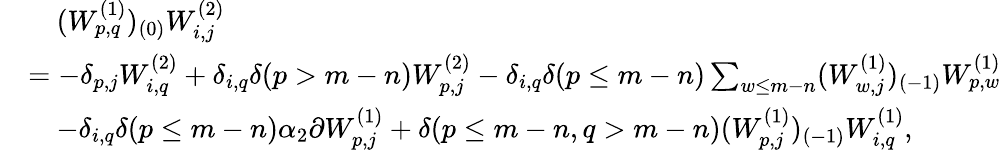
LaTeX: \begin{array}{rl}&{\quad(W_{p,q}^{(1)})_{(0)}W_{i,j}^{(2)}}\\ &{=-\delta_{p,j}W_{i,q}^{(2)}+\delta_{i,q}\delta(p>m-n)W_{p,j}^{(2)}-\delta_{i,q}\delta(p\leq m-n)\sum_{w\leq m-n}(W_{w,j}^{(1)})_{(-1)}W_{p,w}^{(1)}}\\ &{\quad-\delta_{i,q}\delta(p\leq m-n)\alpha_{2}\partial W_{p,j}^{(1)}+\delta(p\leq m-n,q>m-n)(W_{p,j}^{(1)})_{(-1)}W_{i,q}^{(1)},}\end{array}